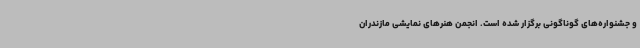
و جشنواره‌های گوناگونی برگزار شده است. انجمن هنرهای نمایشی مازندران